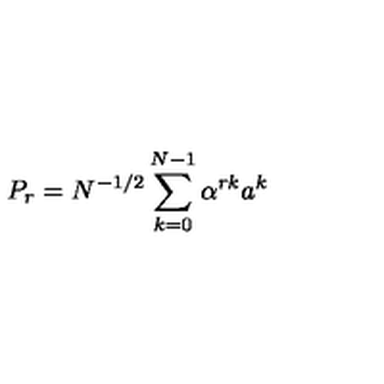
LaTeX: P _ { r } = N ^ { - 1 / 2 } \sum _ { k = 0 } ^ { N - 1 } \alpha ^ { r k } a ^ { k }